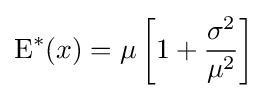
\operatorname {E} ^{*}(x)=\mu \left[1+{\frac {\sigma ^{2}}{\mu ^{2}}}\right]